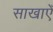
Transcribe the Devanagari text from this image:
साखाएँ